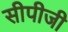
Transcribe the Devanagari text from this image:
सीपीजी